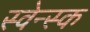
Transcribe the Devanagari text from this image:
स्वेन्स्क